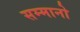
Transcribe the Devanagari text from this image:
सम्मानो